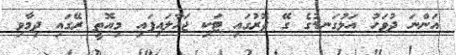
އަންނަ ދުވަހު އަޅުގަނޑުގެ ގޭ ދޮރުގައި ޓަކި ޖަހާލައިފައި 'މިއޮތީ ރޭގައި ދިމާވި